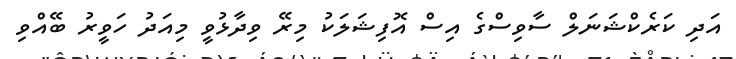
އަދި ކަރެކްޝަނަލް ސާވިސްގެ އިސް އޮފިޝަލަކު މިރޭ ވިދާޅުވީ މިއަދު ހަވީރު ބޭއްވި